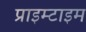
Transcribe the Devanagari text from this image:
प्राइम्टाइम